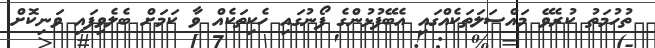
ތުހުމަތު ކުރެވޭ މައްސަލަތަކެއްގައި އެބޭފުޅުންގެ ފޯނުގައި ހެކިތަކެއް ވާ ކަމަށް ބެލެވިފައި ވަނިކޮށް